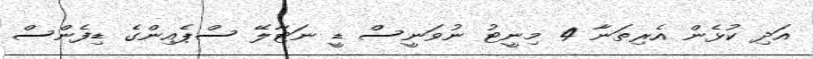
އަދި ކުޅެން އެރިތަނާ 4 މިނީޓު ނުވަނީސް ޑީ ނަޓާލޭ ސްޕެއިންގެ ޑިފެންސް